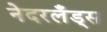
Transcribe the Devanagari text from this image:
नेदरलँड्‌स